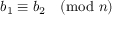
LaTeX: b _ { 1 } \equiv b _ { 2 } { \pmod { n } }